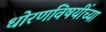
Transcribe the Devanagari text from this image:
धोरणविषयींच्या